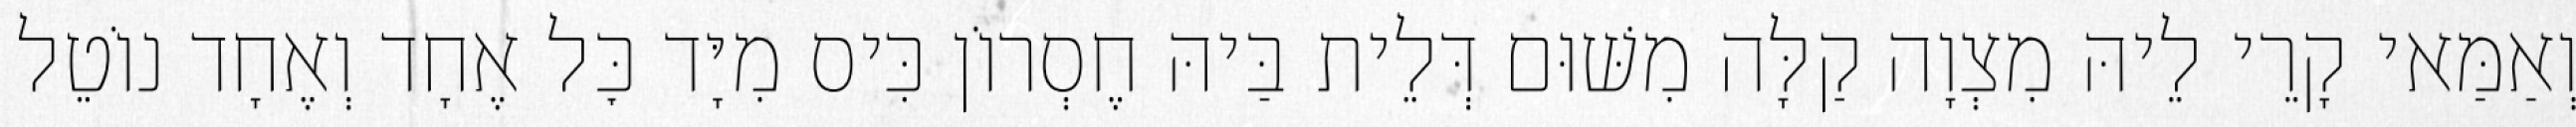
וְאַמַּאי קָרֵי לֵיהּ מִצְוָה קַלָּה מִשּׁוּם דְּלֵית בַּיהּ חֶסְרוֹן כִּיס מִיָּד כׇּל אֶחָד וְאֶחָד נוֹטֵל